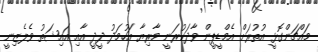
މައްޗަންގޮޅީ އުތުރަށް އެމްޑީޕީން ވާދަކުރަނީ މާރިޔާ އަހުމަދު ދީދީ އާއި އައިޝަތު ވެލެޒިނީ